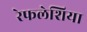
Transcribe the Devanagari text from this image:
रेफलेशिया